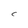
Character: C